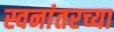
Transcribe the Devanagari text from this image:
स्वनांतरच्या